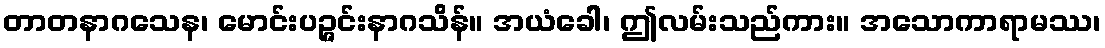
တာတနာဂသေန၊ မောင်းပဉ္ဇင်းနာဂသိန်။ အယံခေါ၊ ဤလမ်းသည်ကား။ အသောကာရာမဿ၊